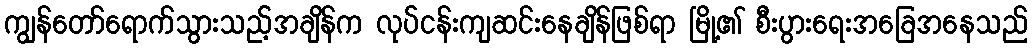
ကျွန်တော်ရောက်သွားသည့်အချိန်က လုပ်ငန်းကျဆင်းနေချိန်ဖြစ်ရာ မြို့၏ စီးပွားရေးအခြေအနေသည်